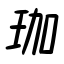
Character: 珈